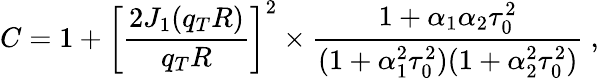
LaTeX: C=1+\left[\frac{2J_{1}(q_{T}R)}{q_{T}R}\right]^{2}\times\frac{1+\alpha_{1}\alpha_{2}\tau_{0}^{2}}{(1+\alpha_{1}^{2}\tau_{0}^{2})(1+\alpha_{2}^{2}\tau_{0}^{2})}~,